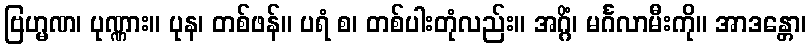
ဗြဟ္မဏ၊ ပုဏ္ဏား။ ပုန၊ တစ်ဖန်။ ပရံ စ၊ တစ်ပါးတုံလည်း။ အဂ္ဂိံ၊ မင်္ဂလာမီးကို။ အာဒန္တော၊